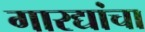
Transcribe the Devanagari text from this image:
गारद्यांचा